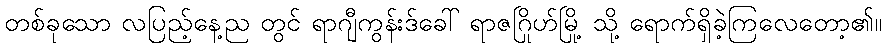
တစ်ခုသော လပြည့်နေ့ည တွင် ရာဂျီကွန်းဒ်ခေါ် ရာဇဂြိုဟ်မြို့ သို့ ရောက်ရှိခဲ့ကြလေတော့၏။